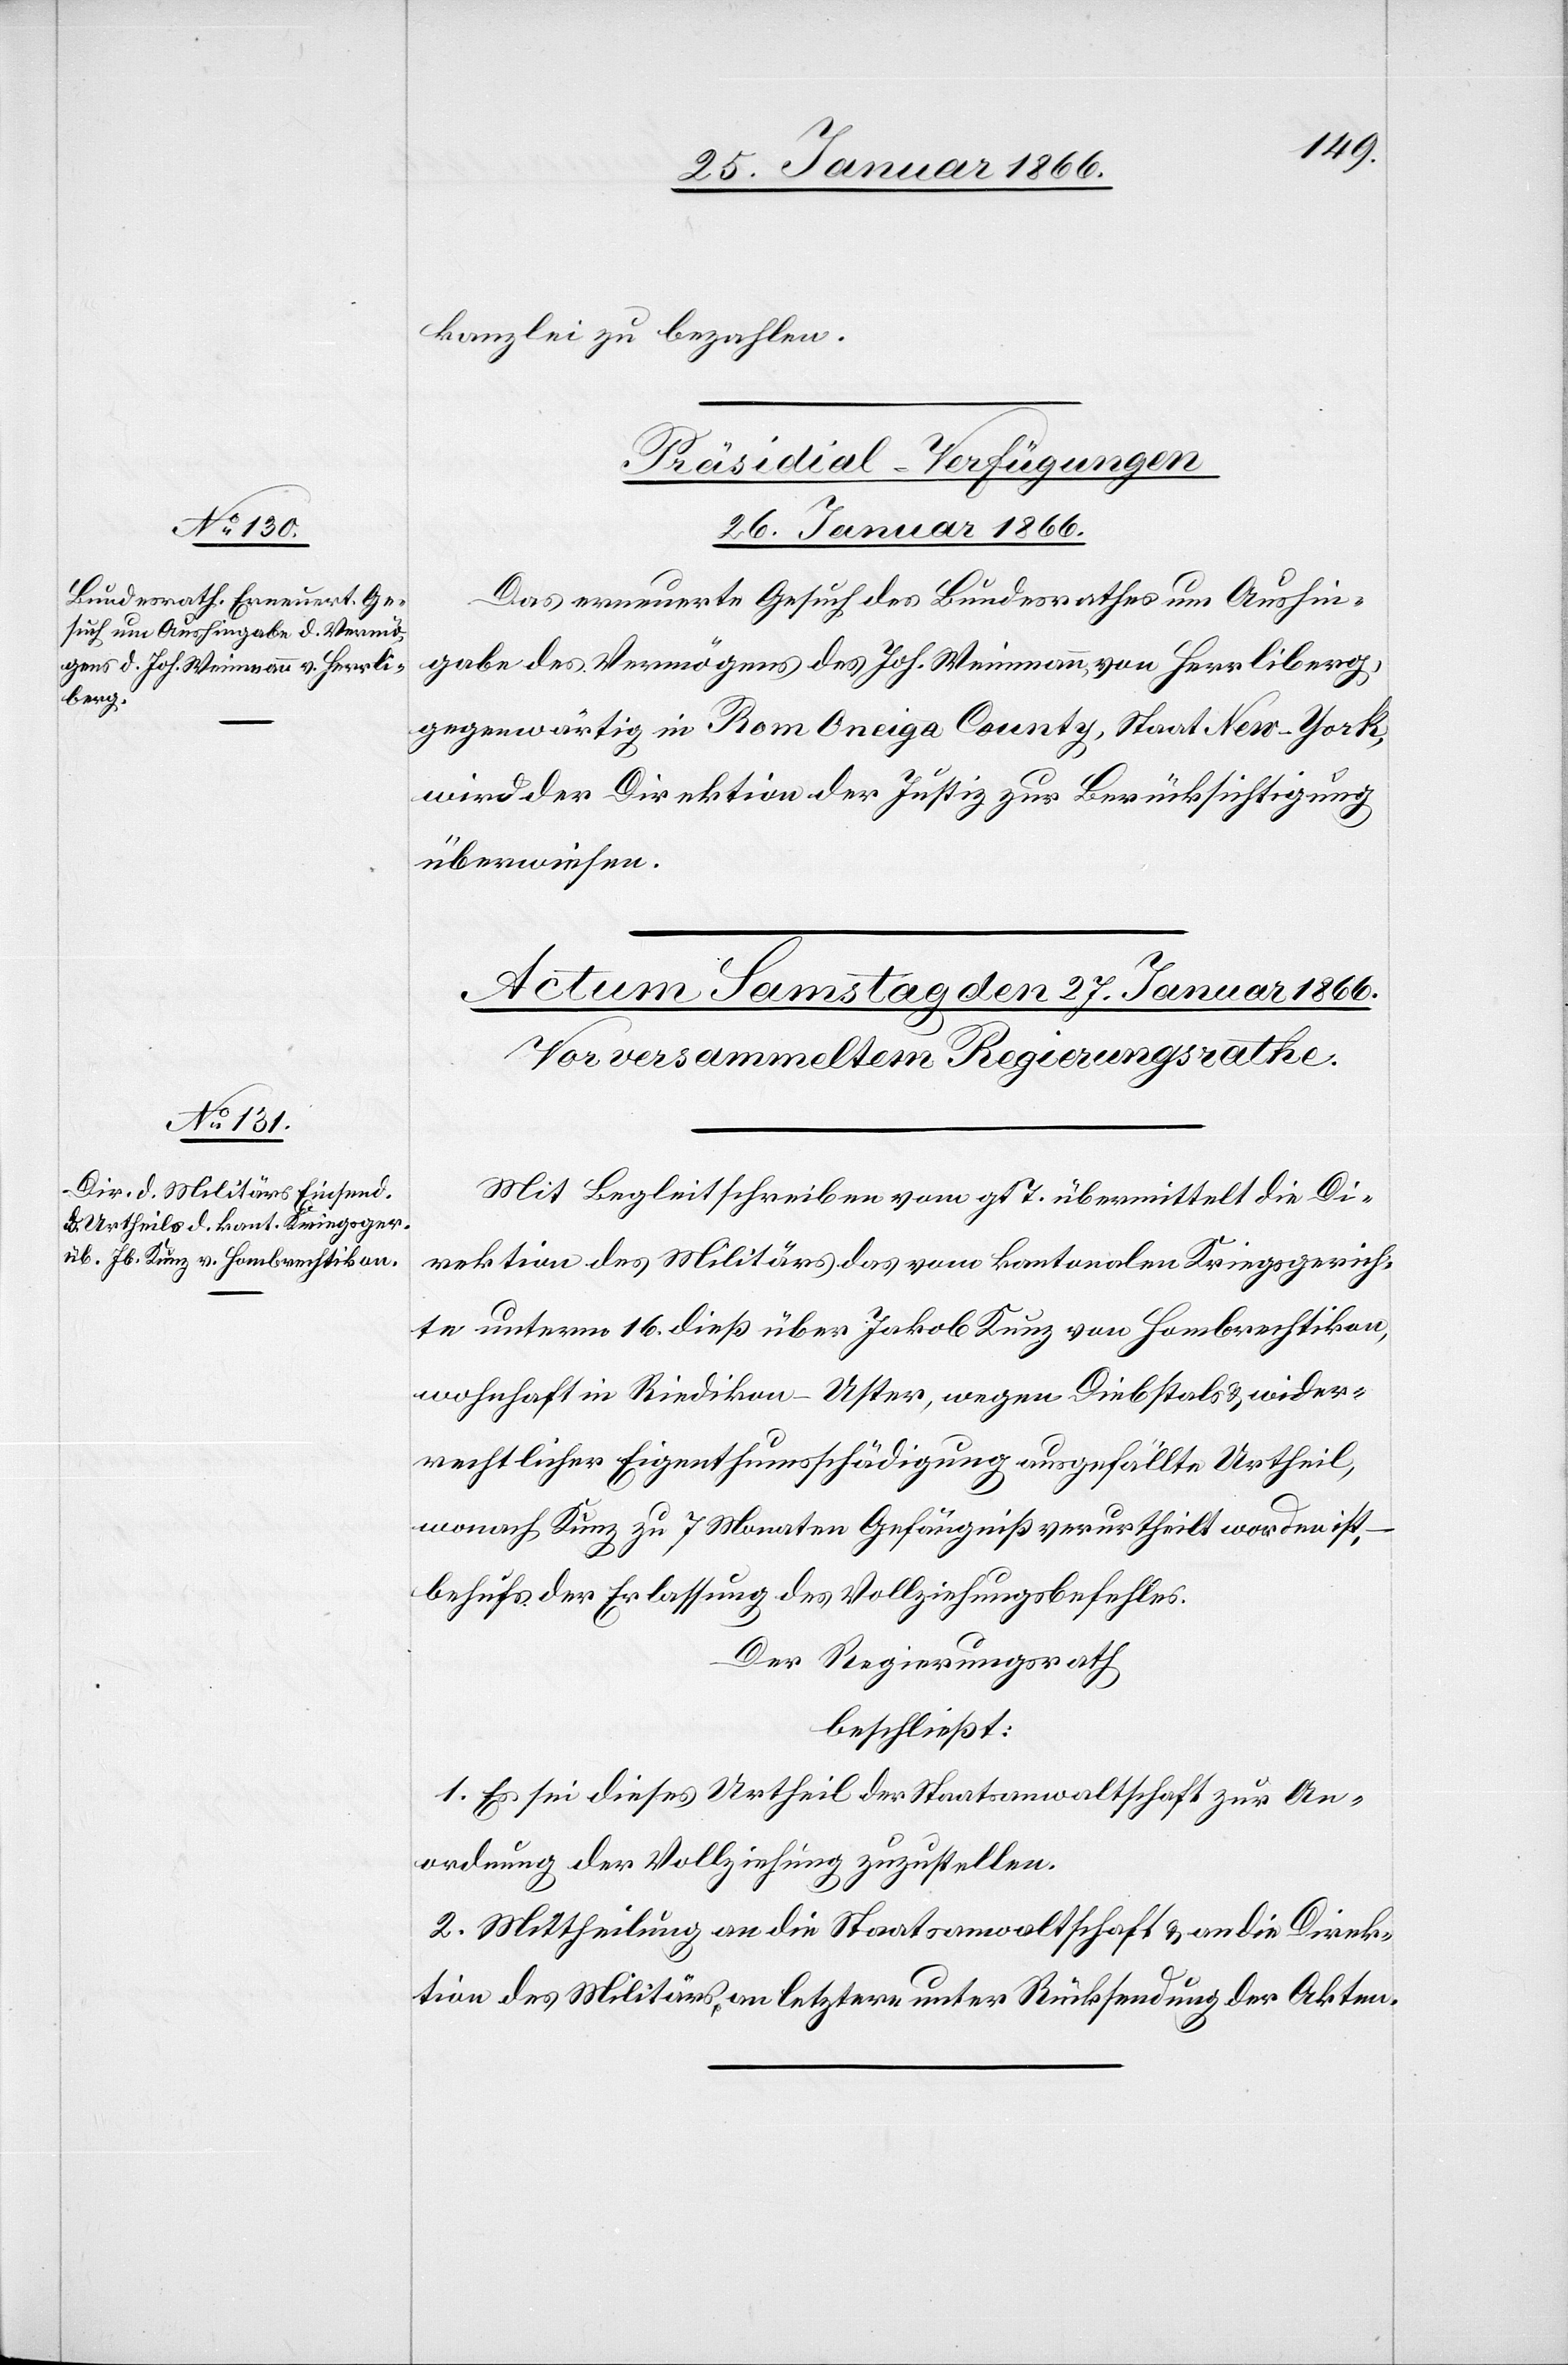
kanzlei zu bezahlen.
Präsidial-Verfügungen.
26. Januar 1866.
Das erneuerte Gesuch des Bundesrathes um Aushin¬
gabe des Vermögens des Joh. Weimann von Herrliberg,
gegenwärtig in Rom Oneiga County, Staat New-York,
wird der Direktion der Justiz zur Berücksichtigung
überwiesen.
Mit Begleitschreiben vom gl. T. übermittelt die Di¬
rektion des Militärs das vom kantonalen Kriegsgerich¬
te unterm 16. dieß über Jakob Kunz von Hombrechtikon,
wohnhaft in Riedikon-Uster, wegen Diebstals u. wider¬
rechtlicher Eigenthumsschädigung ausgefällte Urtheil,
wonach Kunz zu 7 Monaten Gefängniß verurtheilt worden ist,
behufs der Erlassung des Vollziehungsbefehles.
Der Regierungsrath
beschließt:
1. Es sei dieses Urtheil der Staatsanwaltschaft zur An¬
ordnung der Vollziehung zuzustellen.
2. Mittheilung an die Staatsanwaltschaft u. an die Direk¬
tion des Militärs, an letztere unter Rückstellung der Akten.